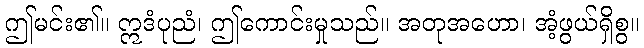
ဤမင်း၏။ ဣဒံပုညံ၊ ဤကောင်းမှုသည်။ အတုအဟော၊ အံ့ဖွယ်ရှိစွ။